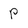
Character: P